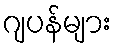
ဂျပန်များ